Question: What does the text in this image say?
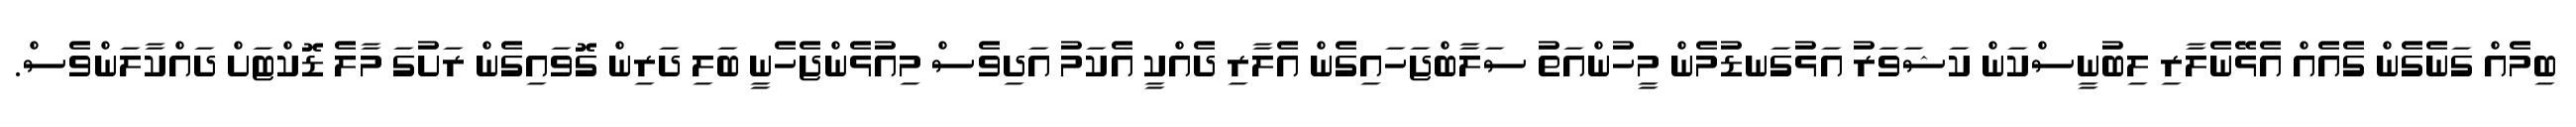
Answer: ބިމެއް ގަނެގެން ގެއެއް އެޅޭނެލާރި ލިބުނީސްކަން ކަޝަވަރު އަޅުގަނޑުމެން މީހުންއަތު ސަލާބްޖަހައިގެން އެލާރި ދެއްކީ އެކަމު އަދިވެސް މިއުޅެންޖެހެނީ ބަލި ދަރިން ގޮވައިގެން ރަށުގަ މާލެ ޑޮކްޓަށް ދައްކާލަންވެސް.